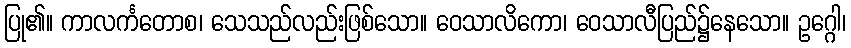
ပြု၏။ ကာလင်္ကတောစ၊ သေသည်လည်းဖြစ်သော။ ဝေသာလိကော၊ ဝေသာလီပြည်၌နေသော။ ဥဂ္ဂေါ၊